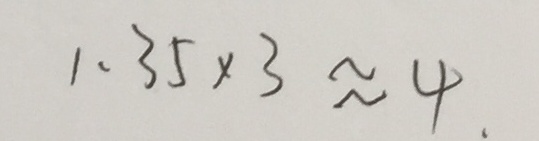
1 . 3 5 \times 3 \approx 4 .